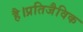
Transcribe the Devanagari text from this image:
है।प्रतिजैविक